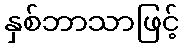
နှစ်ဘာသာဖြင့်